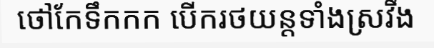
ថៅកែទឹកកក បើករថយន្តទាំងស្រវឹង